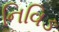
નિવિઙ